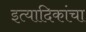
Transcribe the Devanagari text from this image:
इत्यादिकांचा